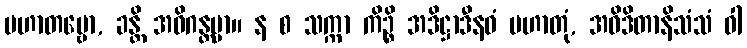
ပဟာတဗ္ဗော, ခန္တိ အဓိဂန္တဗ္ဗာ။ န စ သက္ကာ ကိဉ္စိ အဒိဋ္ဌာဒီနဝံ ပဟာတုံ, အဝိဒိတာနိသံသံ ဝါ